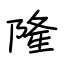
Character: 隆